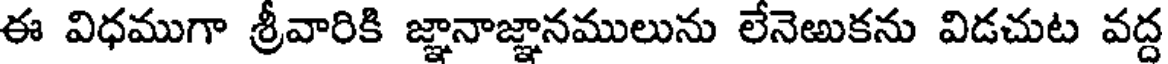
ఈ విధముగా శ్రీవారికి జ్ఞానాజ్ఞానములును లేనెఱుకను విడచుట వద్ద